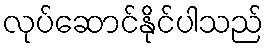
လုပ်ဆောင်နိုင်ပါသည်